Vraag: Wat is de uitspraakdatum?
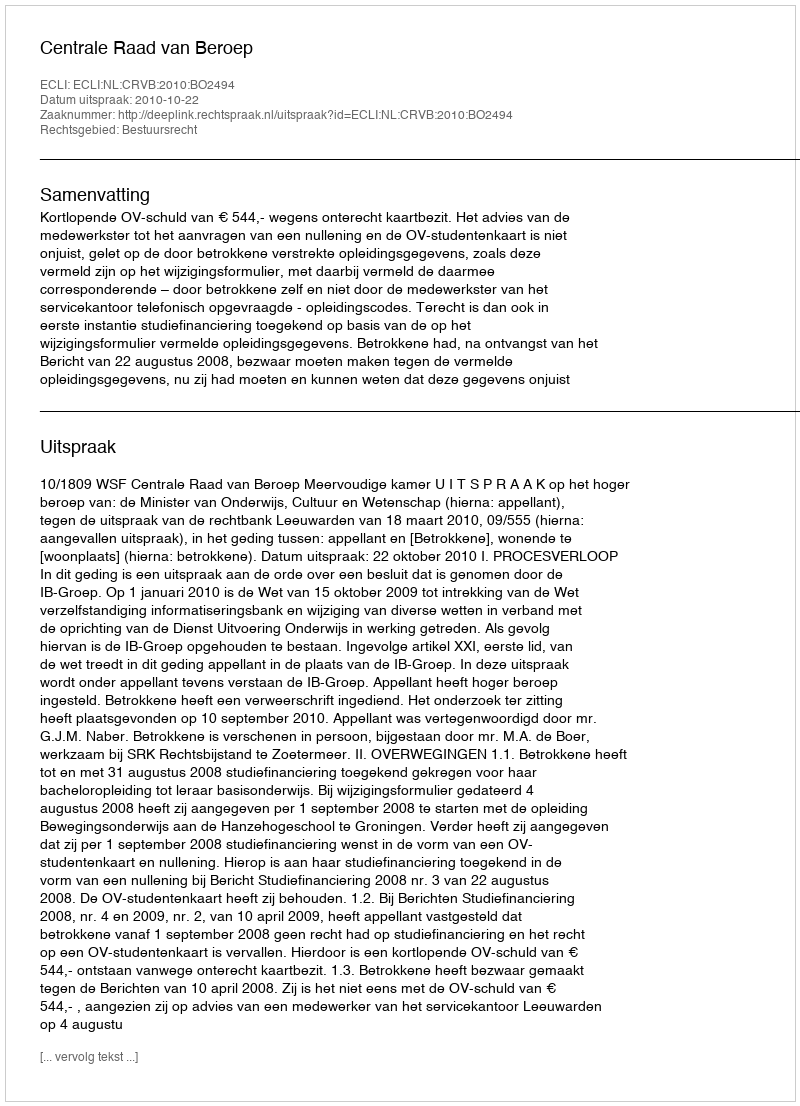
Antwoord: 2010-10-22